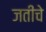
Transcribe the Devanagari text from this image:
जतींचे